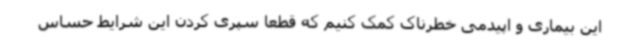
این بیماری و اپیدمی خطرناک کمک کنیم که قطعا سپری کردن این شرایط حساس